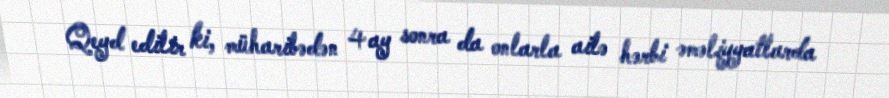
Qeyd edilir ki, müharibədən 4 ay sonra da onlarla ailə hərbi əməliyyatlarda